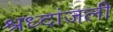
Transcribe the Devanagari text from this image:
श्रध्दांजली